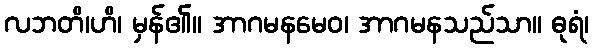
လဘတိ၊ဟိ၊ မှန်၏။ အာဂမနမေဝ၊ အာဂမနသည်သာ။ ဓုရံ၊